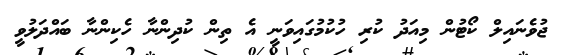
ޖުވެނައިލް ކޯޓުން މިއަދު ކުރި ހުކުމުގައިވަނީ އެ ތިން ކުދިންނާ ހެކިންނާ ބައްދަލުވީ